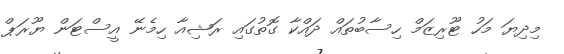
މިދިޔަ މަހު ޓޫރިޒަމް ހިސާބުތައް ދައްކާ ގޮތުގައި ރަޝިއާ ހިމެނޭ އީސްޓަން ޔޫރަޕް